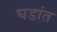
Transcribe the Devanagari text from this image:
घडांत